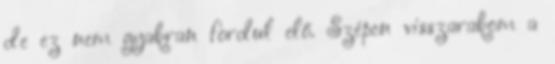
de ez nem gyakran fordul elő. Szépen visszarakom a